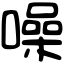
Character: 噪